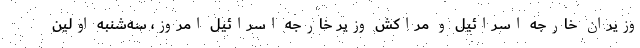
وزیران خارجه اسرائیل و مراکش وزیر خارجه اسرائیل امروز، سه‌شنبه اولین